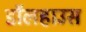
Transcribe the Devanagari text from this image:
डॉलहाउस